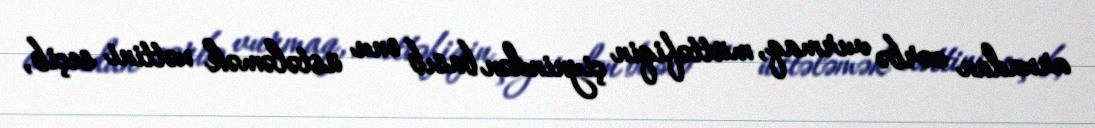
arxadan zərbə vurmaq, müttəfiqin çiynindən basıb onu üstələmək xəttini seçib,